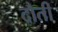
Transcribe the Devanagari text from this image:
दौती